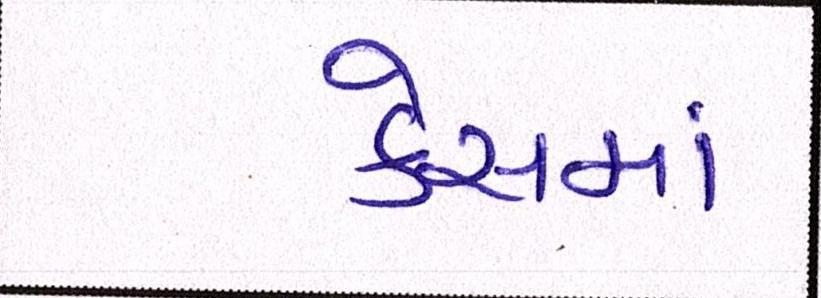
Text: કેસમાં